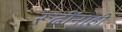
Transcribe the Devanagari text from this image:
रूढींनाही